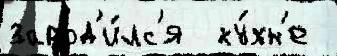
зарод'и́лс'я  ку́хн'е